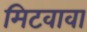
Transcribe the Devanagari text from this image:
मिटवावा